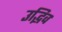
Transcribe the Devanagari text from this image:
उद्भिव